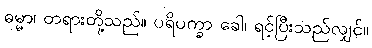
ဓမ္မာ၊ တရားတို့သည်။ ပရိပက္ခာ ခေါ၊ ရင့်ပြီးသည်လျှင်။